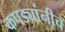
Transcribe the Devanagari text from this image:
कपड्यांनीच